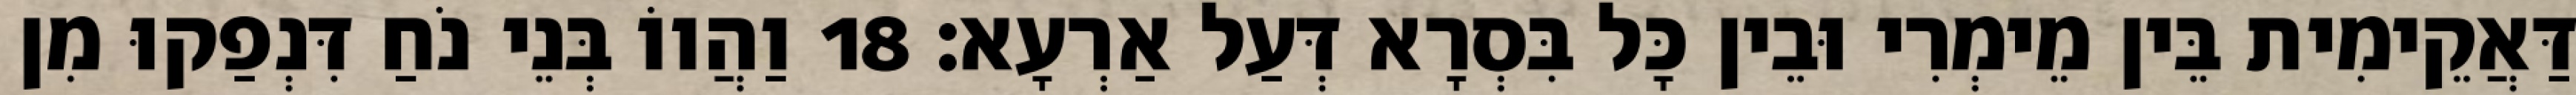
דַּאֲקֵימִית בֵּין מֵימְרִי וּבֵין כָּל בִּסְרָא דְּעַל אַרְעָא׃ 18 וַהֲווֹ בְּנֵי נֹחַ דִּנְפַקוּ מִן